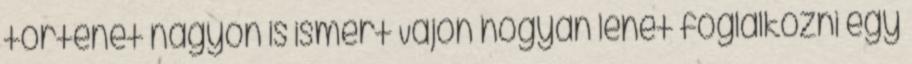
történet nagyon is ismert Vajon hogyan lehet foglalkozni egy